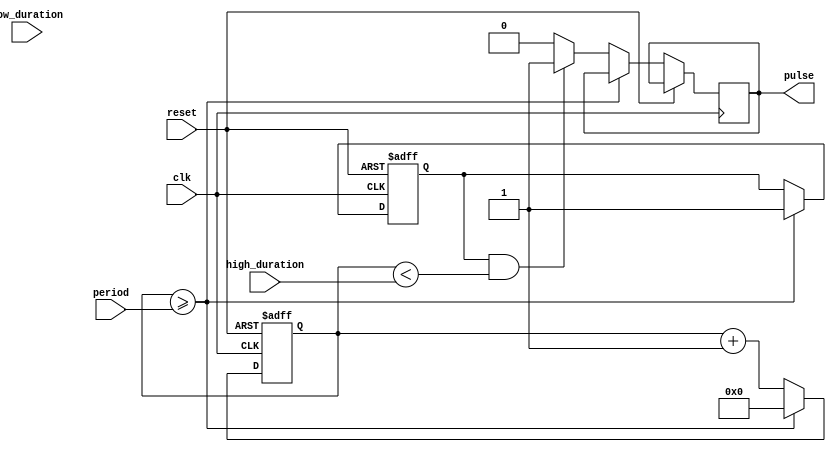
module duty_cycle_pulse_generator (
    input wire clk,
    input wire reset,
    
    input wire high_duration,
    input wire low_duration,
    input wire period,
    
    output reg pulse
);

reg [31:0] count;
reg generate_pulse;

always @(posedge clk or posedge reset) begin
    if (reset) begin
        count <= 0;
        generate_pulse <= 1'b0;
    end else begin
        if (count >= period) begin
            count <= 0;
            generate_pulse <= 1'b1;
        end else begin
            if (generate_pulse && count < high_duration) begin
                pulse <= 1'b1;
            end else if (generate_pulse && count < high_duration + low_duration) begin
                pulse <= 1'b0;
            end else begin
                pulse <= 1'b0;
            end
            count <= count + 1;
        end
    end
end

endmodule